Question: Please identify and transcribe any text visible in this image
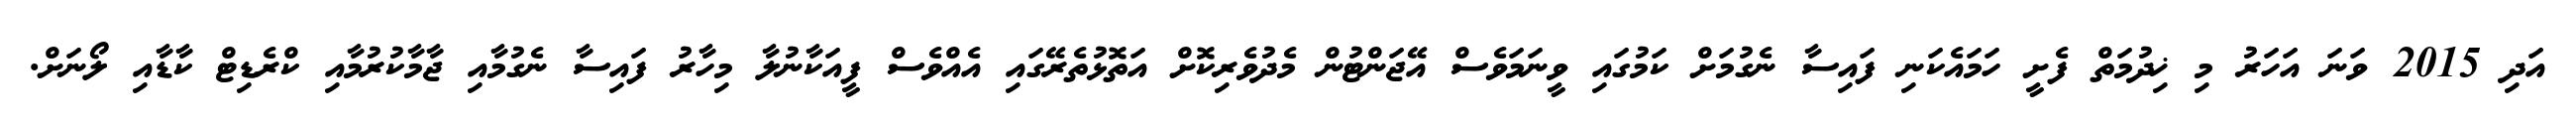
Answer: އަދި 2015 ވަނަ އަހަރު މި ޚިދުމަތް ފެށީ ހަމައެކަނި ފައިސާ ނެގުމަށް ކަމުގައި ވީނަމަވެސް އޭޖަންޓުން މެދުވެރިކޮށް އަތޮޅުތެރޭގައި އެއްވެސް ފީއަކާނުލާ މިހާރު ފައިސާ ނެގުމާއި ޖާމާކުރުމާއި ކްރެޑިޓް ކާޑާއި ލޯނަށް.